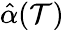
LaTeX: \hat{\alpha}(\mathcal{T})